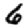
Digit: 6